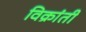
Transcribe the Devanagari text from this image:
विक्रांती